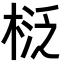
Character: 𣓦